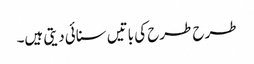
طرح طرح کی باتیں سنائی دیتی ہیں۔